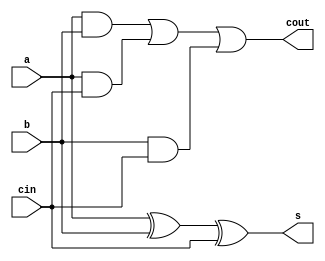
module fa(a,b,cin,s,cout);    // Full Adder
  
input a,b,cin;
output s,cout;
  
assign s= a ^ b ^ cin ;
assign cout = (a & b) | (a & cin) | (b & cin);
  
endmodule

module rca4(x, y, cin, s, cout);
  
input [3:0] x;
input [3:0] y;
input cin;
output [3:0] s;
output cout;
wire c0,c1,c2;
  
fa fa1(x[0],y[0],cin,s[0],c0);
fa fa2(x[1],y[1],c0,s[1],c1);
fa fa3(x[2],y[2],c1,s[2],c2);
fa fa4(x[3],y[3],c2,s[3],cout);
  
endmodule

module testbench();
reg [3:0]x;
reg [3:0]y;
reg cin;
wire [3:0]s;
wire cout;
  
rca4 rca(x,y,cin,s,cout);
  
initial
begin
x=4'b0010;y=4'b0111;cin=0;
#10 $finish;
end
endmodule